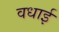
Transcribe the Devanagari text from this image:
वधाई